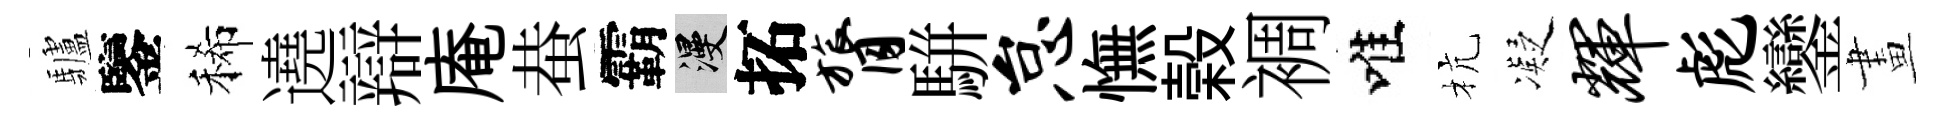
驢鑒稀遶辯庵蛬霸漫拓膂駢怠憮榖裯唯杭凝辉彪鑾畫